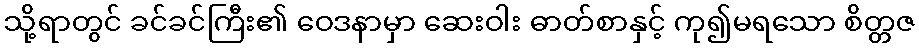
သို့ရာတွင် ခင်ခင်ကြီး၏ ဝေဒနာမှာ ဆေးဝါး ဓာတ်စာနှင့် ကု၍မရသော စိတ္တဇ